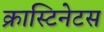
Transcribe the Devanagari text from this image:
क्रास्टिनेटस